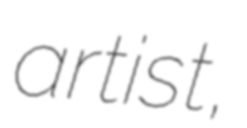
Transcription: artist,